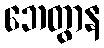
ဘေတွာန